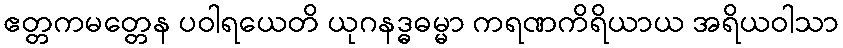
ဧတ္တကမတ္တေန ပဝါရယေတိ ယုဂနဒ္ဓဓမ္မာ ကရဏကိရိယာယ အရိယဝါသာ